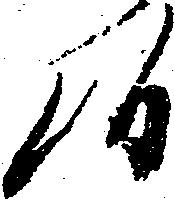
候